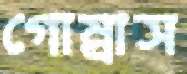
গোম্‌রাস